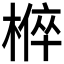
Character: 𭫚